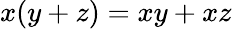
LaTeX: x(y+z)=xy+xz